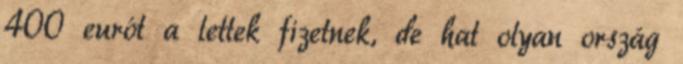
400 eurót a lettek fizetnek, de hat olyan ország